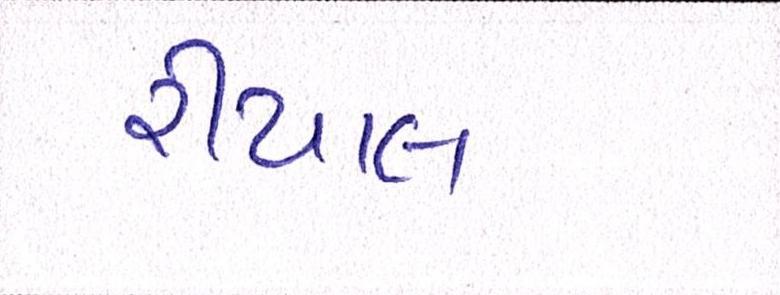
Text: રીયાદ